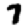
Digit: 7